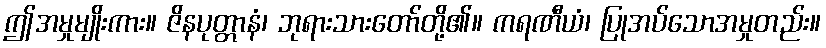
ဤအမှုမျိုးကား။ ဇိနပုတ္တာနံ၊ ဘုရားသားတော်တို့၏။ ကရဏီယံ၊ ပြုအပ်သောအမှုတည်း။